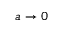
a \rightarrow 0